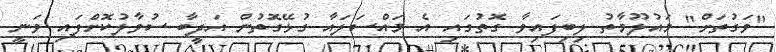
"ވަގުތަށް" މައުލޫމާތު ލިބިފައިވާ ގޮތުގައި އެ މައްސަލައާ ގުޅޭގޮތުން އަދީބާ ސުވާލުކޮށްފައި ވަނީ